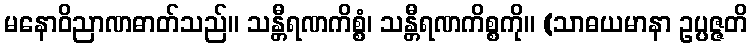
မနောဝိညာဏဓာတ်သည်။ သန္တီရဏကိစ္စံ၊ သန္တီရဏကိစ္စကို။ (သာဓယမာနာ ဥပ္ပဇ္ဇတိ